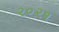
૨૦૨૧